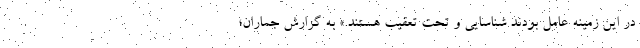
در این زمینه عامل بودند شناسایی و تحت تعقیب هستند.» به گزارش جماران؛